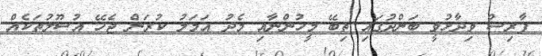
ފާރިސް ވިދާޅުވީ ބަންދުގައި ތިބޭ މީހުންނާއި މެދު އަމަލު ކުރަން ޖެހޭ އުސޫލުތަކެއް